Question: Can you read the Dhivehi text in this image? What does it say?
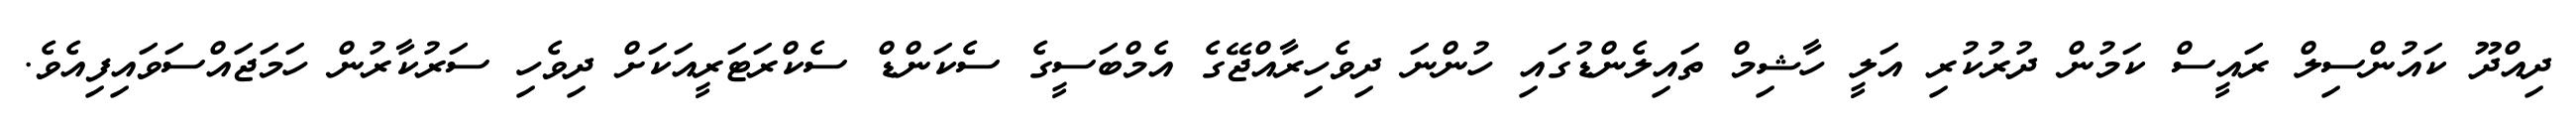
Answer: ދިއްދޫ ކައުންސިލް ރައީސް ކަމުން ދުރުކުރި އަލީ ހާޝިމް ތައިލެންޑުގައި ހުންނަ ދިވެހިރާއްޖޭގެ އެމްބަސީގެ ސެކަންޑް ސެކްރަޓަރީއަކަށް ދިވެހި ސަރުކާރުން ހަމަޖައްސަވައިފިއެވެ.